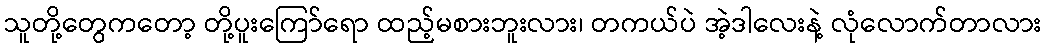
သူတို့တွေကတော့ တို့ပူးကြော်ရော ထည့်မစားဘူးလား၊ တကယ်ပဲ အဲ့ဒါလေးနဲ့ လုံလောက်တာလား